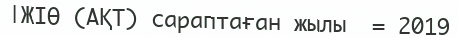
|ЖІӨ (АҚТ) сараптаған жылы  = 2019